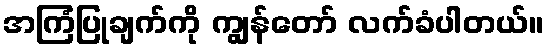
အကြံပြုချက်ကို ကျွန်တော် လက်ခံပါတယ်။